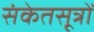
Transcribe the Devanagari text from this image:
संकेतसूत्रों